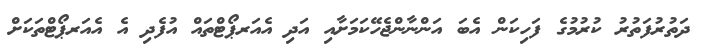
ދަތުރުފަތުރު ކުރުމުގެ ފަހިކަން އެބަ އަންނާންޖެހޭކަމަށާއި އަދި އެއަރޕޯޓްތައް އުފެދި އެ އެއަރޕޯޓްތަކަށް